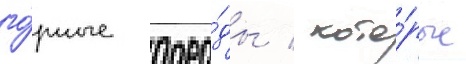
го́рные поро́ды / кото́рые